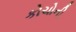
કોચોની